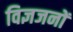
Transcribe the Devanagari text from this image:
विज्ञजनों